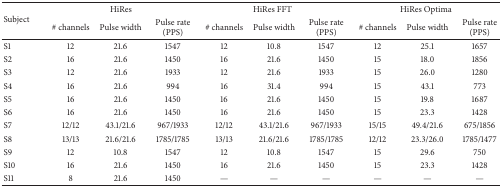
| <ROWSPAN=2> Subject | <COLSPAN=3> HiRes | <COLSPAN=3> HiRes FFT | <COLSPAN=3> HiRes Optima |
 | # channels | Pulse width | Pulse rate (PPS) | # channels | Pulse width | Pulse rate (PPS) | # channels | Pulse width | Pulse rate (PPS) |
 | --- | --- | --- | --- | --- | --- | --- | --- | --- | --- |
 | S1 | 12 | 21.6 | 1547 | 12 | 10.8 | 1547 | 12 | 25.1 | 1657 |
 | S2 | 16 | 21.6 | 1450 | 16 | 21.6 | 1450 | 15 | 18.0 | 1856 |
 | S3 | 12 | 21.6 | 1933 | 12 | 21.6 | 1933 | 15 | 26.0 | 1280 |
 | S4 | 16 | 21.6 | 994 | 16 | 31.4 | 994 | 15 | 43.1 | 773 |
 | S5 | 16 | 21.6 | 1450 | 16 | 21.6 | 1450 | 15 | 19.8 | 1687 |
 | S6 | 16 | 21.6 | 1450 | 16 | 21.6 | 1450 | 15 | 23.3 | 1428 |
 | S7 | 12/12 | 43.1/21.6 | 967/1933 | 12/12 | 43.1/21.6 | 967/1933 | 15/15 | 49.4/21.6 | 675/1856 |
 | S8 | 13/13 | 21.6/21.6 | 1785/1785 | 13/13 | 21.6/21.6 | 1785/1785 | 12/12 | 23.3/26.0 | 1785/1477 |
 | S9 | 12 | 10.8 | 1547 | 12 | 10.8 | 1547 | 15 | 29.6 | 750 |
 | S10 | 16 | 21.6 | 1450 | 16 | 21.6 | 1450 | 15 | 23.3 | 1428 |
 | S11 | 8 | 21.6 | 1450 | — | — | — | — | — | — |